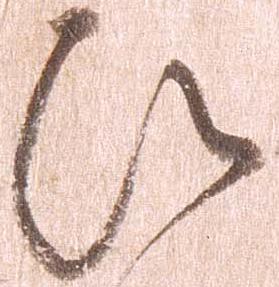
ひ